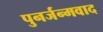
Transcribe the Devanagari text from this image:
पुनर्जन्मवाद